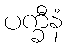
ပက္ခီနံ